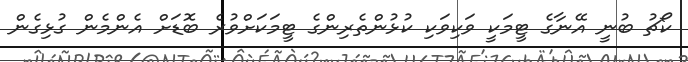
ކޯޗު ބުނީ އޭނާގެ ޓީމަކީ ވަކިވަކި ކުޅުންތެރިންގެ ޓީމަކަށްވުރެ ބޮޑަށް އެންމެން ގުޅިގެން